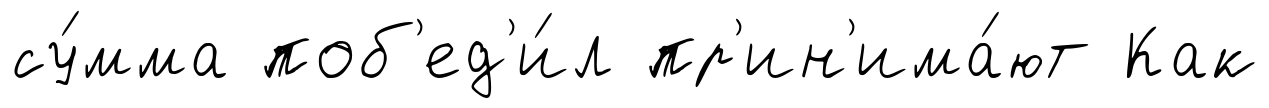
су́мма поб'ед'и́л пр'ин'има́ют Как